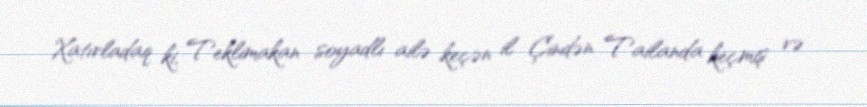
Xatırladaq ki, Teklimakan soyadlı ailə keçən il Çindən Tailanda keçmiş və